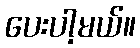
ပေးပါ့မယ်။